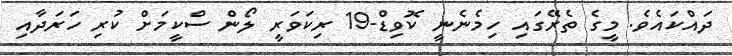
ދައްކައެވެ. މީގެ ތެރޭގައި ހިމެނެނީ ކޮވިޑް-19 ރިކަވަރީ ލޯން ސްކީމަށް ކުރި ހަރަދާއި